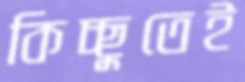
কিচ্ছুতেই